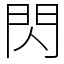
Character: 閃